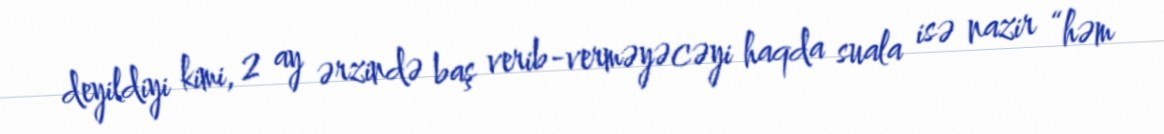
deyildiyi kimi, 2 ay ərzində baş verib-verməyəcəyi haqda suala isə nazir “həm